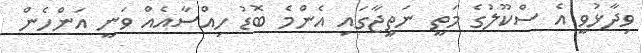
ވިދާޅުވީ އެ ސްކޫލުގެ މަތީ ނަތީޖާގައި އެންމެ ބޮޑު ހިއްސާއެއް ވަނީ އަންހެން